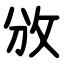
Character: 攽